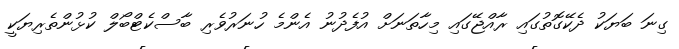
ގިނަ ބަޔަކު ދެކޭގޮތުގައި ރާއްޖޭގައި މިހާތަނަށް އުފެދުނު އެންމެ ހުނަރުވެރި ބާސްކެޓްބޯލް ކުޅުންތެރިޔަކީ